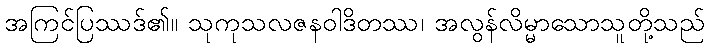
အကြင်ပြဿဒ်၏။ သုကုသလဇနဝါဒိတဿ၊ အလွန်လိမ္မာသောသူတို့သည်